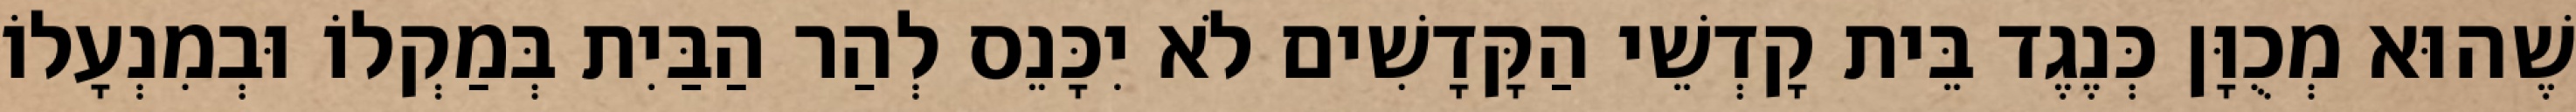
שֶׁהוּא מְכֻוָּן כְּנֶגֶד בֵּית קָדְשֵׁי הַקָּדָשִׁים לֹא יִכָּנֵס לְהַר הַבַּיִת בְּמַקְלוֹ וּבְמִנְעָלוֹ